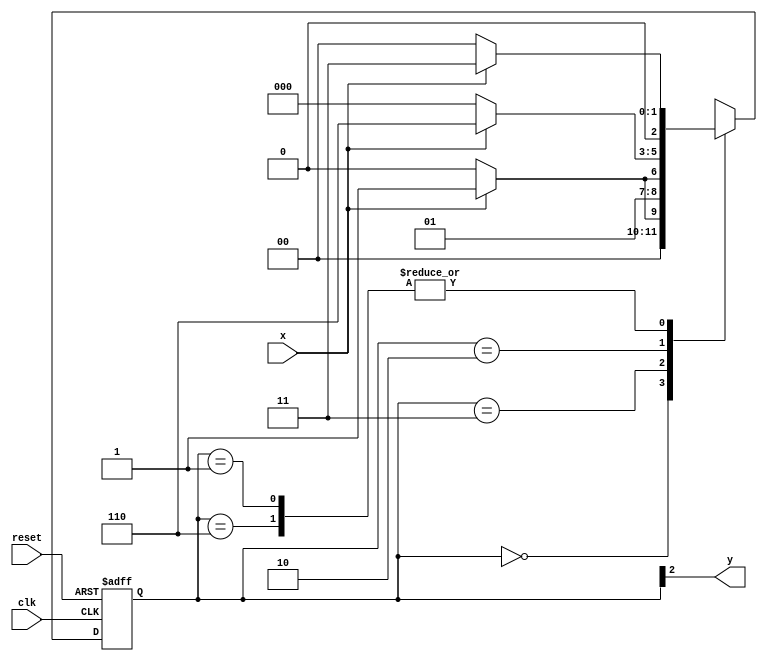

// --------------
// --- Moore FSM
// --------------
/*

			               Moore FSM Diagram
                          ___________________________
                         /                           \
          1          1   v       0            1     1 | //found
 [start] ---> [id1] ---> [id11] --->> [id110] ---> [id1101]
   ^ \0        0 |         1^ \         0 |          0|
   \_/          /          \__/           |           |
    \__________/                          |           |
     \                                    |           |
      \___________________________________/           |
       \                                              |
        \_____________________________________________/
*/

// constant definition
`define found 1
`define notfound 0

// FSM by Moore
module moore_1101 ( y, x, clk, reset );
	output y;
	input x;
	input clk;
	input reset;
	
	reg	y;
	
	parameter  // state identifiers
	start  = 3'b000,
	id1    = 3'b001,
	id11   = 3'b011,
	id110  = 3'b010,
	id1101 = 3'b110; // signal found
	
	reg [2:0] E1; // current state variables
	reg [2:0] E2; // next state logic output
	
	// next state logic
	always @( x or E1 )
		begin
			case( E1 )
				start:
					if ( x )
						E2 = id1;
					else
						E2 = start;
				id1:
					if ( x )
						E2 = id11;
					else
						E2 = start;
				id11:
					if ( x )
						E2 = id11;
					else
						E2 = id110;
				id110:
					if ( x )
						E2 = id1101;
					else
						E2 = start;
				id1101:
					if ( x )
						E2 = id11;
					else
						E2 = start;
				default: // undefined statee
					E2 = 3'bxxx;
			endcase
		end // always at signal or state changing
	
	// state variables
	always @( posedge clk or negedge reset )
		begin
			if ( reset )
				E1 = E2; // updates current state
			else
				E1 = 0; // reset
		end // always at signal changing
	
	// output logic
	always @( E1 )
		begin
			y = E1[2]; // first bit of state value (MOORE indicator)
		end // always at state changing
endmodule // moore_1101